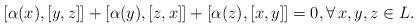
LaTeX: \begin{gather*}[\alpha (x),[y,z]]+[\alpha (y),[z,x]]+[\alpha (z),[x,y]]=0,\forall\, x,y,z\in L.\end{gather*}